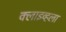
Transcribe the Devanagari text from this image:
क्लाइव्हला